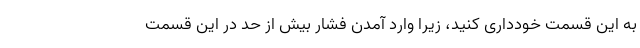
به این قسمت خودداری کنید، زیرا وارد آمدن فشار بیش از حد در این قسمت